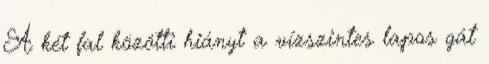
A két fal közötti hiányt a vízszintes lapos gát